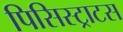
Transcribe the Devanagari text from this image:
पिसिस्ट्राटस